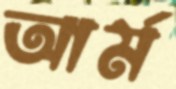
আর্ম